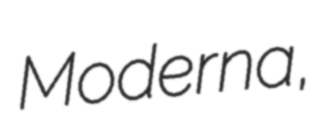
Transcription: Moderna,